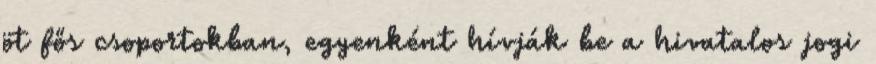
öt fős csoportokban, egyenként hívják be a hivatalos jogi